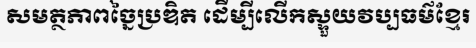
សមត្ថភាពច្នៃប្រឌិត ដើម្បីលើកស្ទួយវប្បធម៌ខ្មែរ